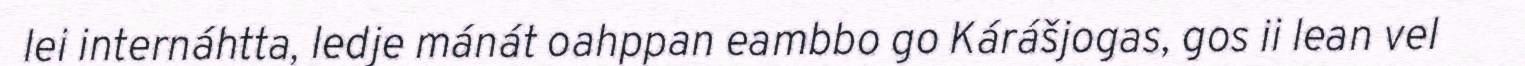
lei internáhtta, ledje mánát oahppan eambbo go Kárášjogas, gos ii lean vel